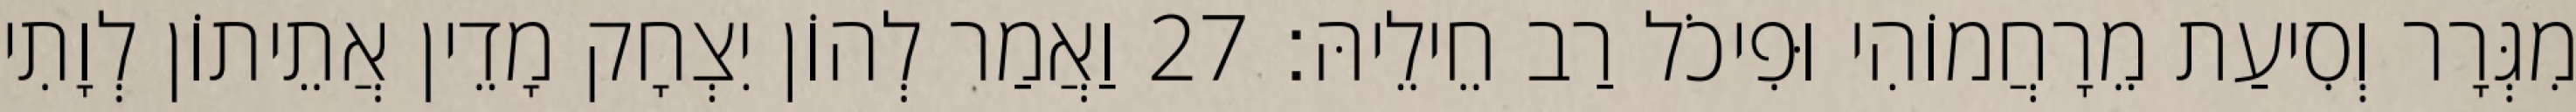
מִגְּרָר וְסִיעַת מֵרָחֲמוֹהִי וּפִיכֹל רַב חֵילֵיהּ׃ 27 וַאֲמַר לְהוֹן יִצְחָק מָדֵין אֲתֵיתוֹן לְוָתִי